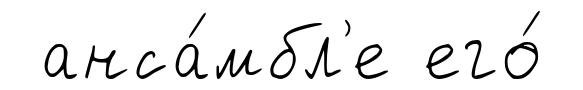
анса́мбл'е его́